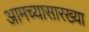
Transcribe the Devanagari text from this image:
आमच्यासारख्या